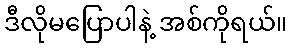
ဒီလိုမပြောပါနဲ့ အစ်ကိုရယ်။